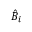
{ \hat { B } } _ { i }